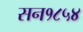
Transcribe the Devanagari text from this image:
सन१८५४